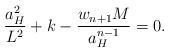
LaTeX: \begin{align*}{a^2_H\over L^2}+k-{{w_{n+1}M}\over a^{n-1}_H}=0.\end{align*}